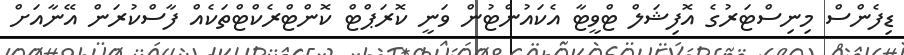
ޑިފެންސް މިނިސްޓަރުގެ އޮފިޝަލް ޓްވީޓާ އެކައުންޓުން ވަނީ ކޮރަޕްޓް ކޮންޓްރެކްޓްތަކެއް ފާސްކުރަން އޭނާއަށް